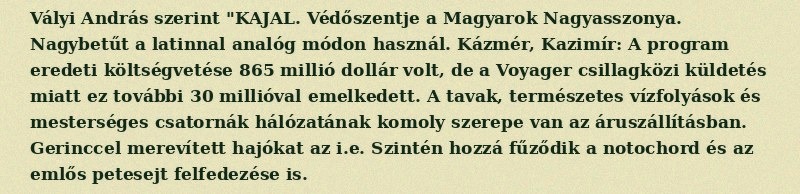
Vályi András szerint "KAJAL. Védőszentje a Magyarok Nagyasszonya. Nagybetűt a latinnal analóg módon használ. Kázmér, Kazimír: A program eredeti költségvetése 865 millió dollár volt, de a Voyager csillagközi küldetés miatt ez további 30 millióval emelkedett. A tavak, természetes vízfolyások és mesterséges csatornák hálózatának komoly szerepe van az áruszállításban. Gerinccel merevített hajókat az i.e. Szintén hozzá fűződik a notochord és az emlős petesejt felfedezése is.